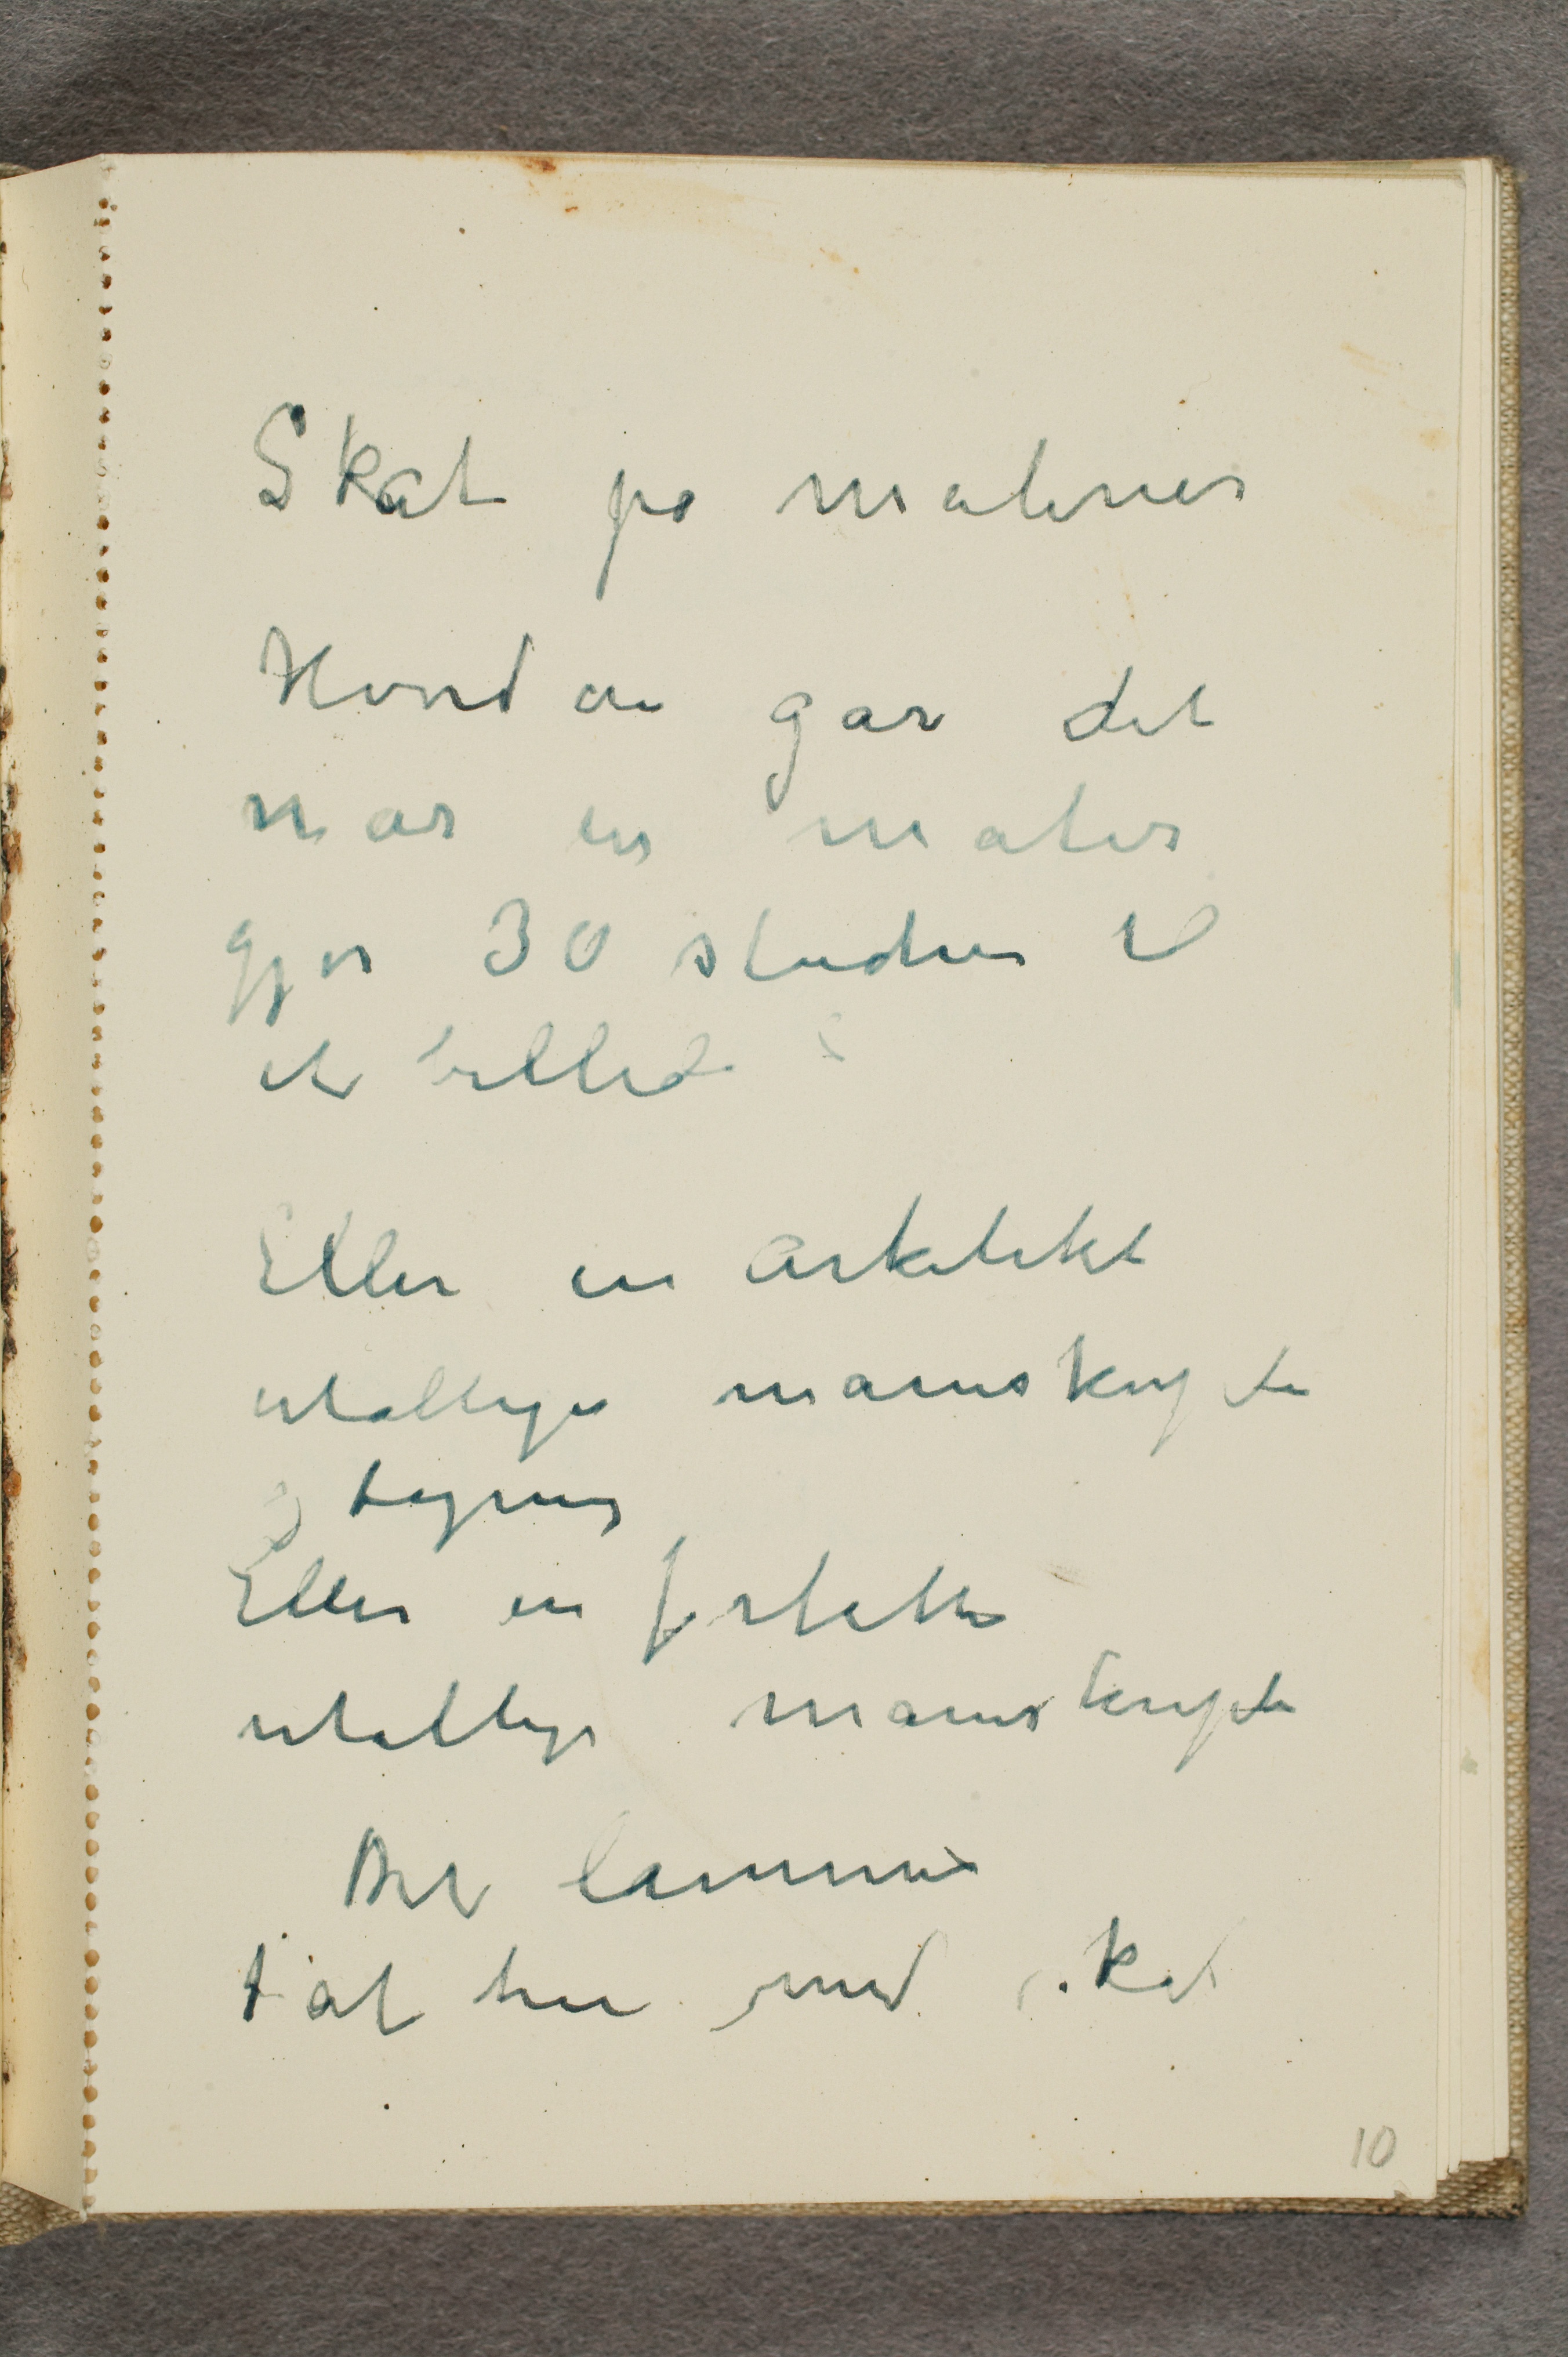
Skat på malerier
Hvordan går det
når en maler
gjør 30 studier til
et billede
Eller en arkitekt
utallige manuskripter
og tegning
Eller en forfatter
utallige manuskripter
Det lønnes
... at her med skat